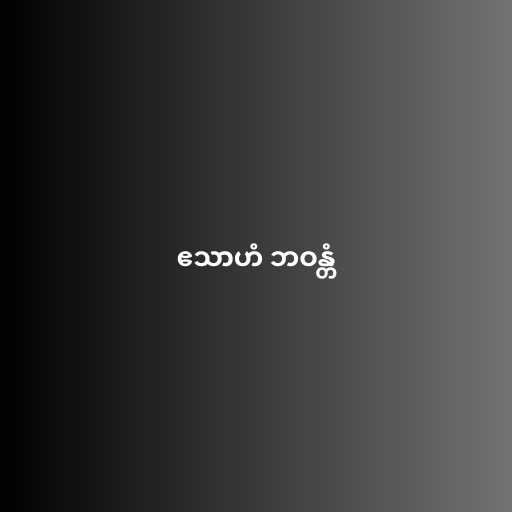
ဧသာဟံ ဘဝန္တံ